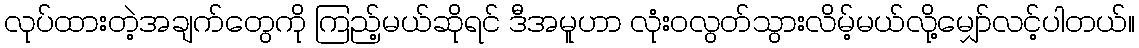
လုပ်ထားတဲ့အချက်တွေကို ကြည့်မယ်ဆိုရင် ဒီအမူဟာ လုံးဝလွတ်သွားလိမ့်မယ်လို့မျှော်လင့်ပါတယ်။